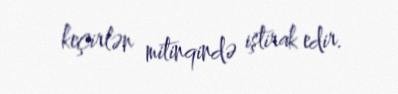
keçirlən mitinqində iştirak edir.